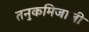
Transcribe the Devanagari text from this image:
तनुकमिजाजी